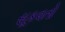
સૂકવતો